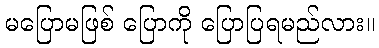
မပြောမဖြစ် ပြောကို ပြောပြရမည်လား။